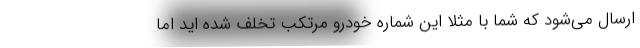
ارسال می‌شود که شما با مثلا این شماره خودرو مرتکب تخلف شده اید اما